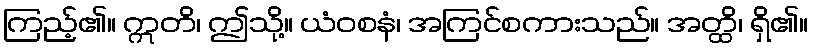
ကြည့်၏။ ဣတိ၊ ဤသို့။ ယံဝစနံ၊ အကြင်စကားသည်။ အတ္ထိ၊ ရှိ၏။